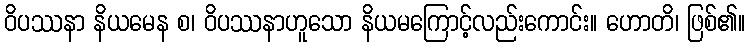
ဝိပဿနာ နိယမေန စ၊ ဝိပဿနာဟူသော နိယမကြောင့်လည်းကောင်း။ ဟောတိ၊ ဖြစ်၏။